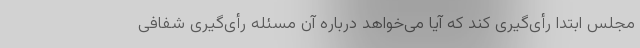
مجلس ابتدا رأی‌گیری کند که آیا می‌خواهد درباره آن مسئله رأی‌گیری شفافی